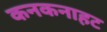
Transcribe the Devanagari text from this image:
कनकनाहट